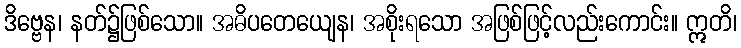
ဒိဗ္ဗေန၊ နတ်၌ဖြစ်သော။ အဓိပတေယျေန၊ အစိုးရသော အဖြစ်ဖြင့်လည်းကောင်း။ ဣတိ၊